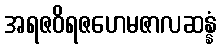
အရဇဝိရဇဟေမဇာလဆန္နံ